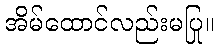
အိမ်ထောင်လည်းမပြု။